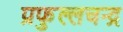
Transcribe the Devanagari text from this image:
प्रफुल्लचन्द्र